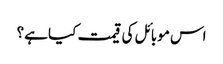
اس موبائل کی قیمت کیا ہے؟